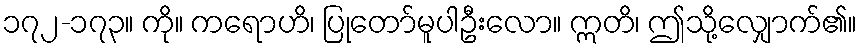
၁၇၂-၁၇၃။ ကို။ ကရောဟိ၊ ပြုတော်မူပါဦးလော။ ဣတိ၊ ဤသို့လျှောက်၏။